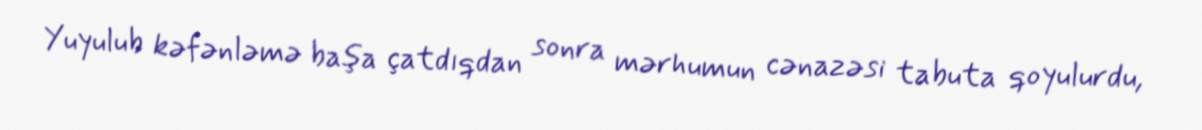
Yuyulub kəfənləmə başa çatdıqdan sonra mərhumun cənazəsi tabuta qoyulurdu,